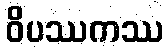
ဝိပဿကဿ